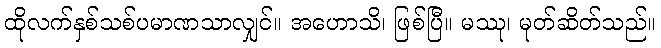
ထိုလက်နှစ်သစ်ပမာဏသာလျှင်။ အဟောသိ၊ ဖြစ်ပြီ။ မဿု၊ မုတ်ဆိတ်သည်။